Civil Veterinary Dept. North-West Frontier Province 1901-22 - 1901-1922
Year: 1901
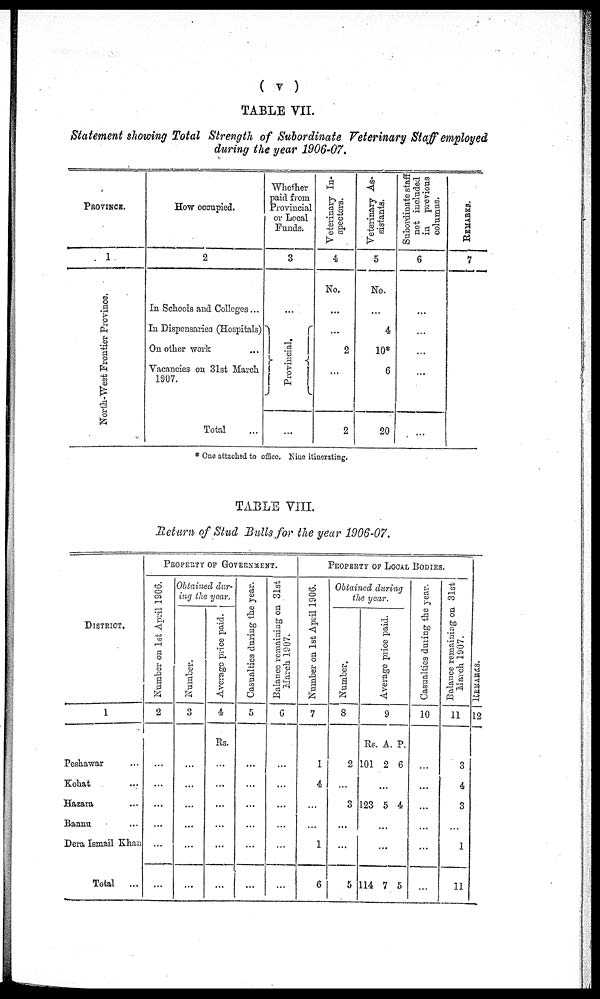
(v)
TABLE VII.
Statement showing Total Strength of Subordinate Veterinary Staff employed
during the year 1906-07.
PROVIECE.
1
North-West Frontier Province.
How occupied.
2
In Schools and Colleges...
In Dispensaries (Hospitals)
On other work ...
Vacancies on 31st March
1907.
Total ...
Whether
paid from
Provincial
or Local
Funds.
3
...
Provincial.
...
Veterinary In-
spectors.
4
No.
...
...
2
...
2
Veterinary As-
sistants.
5
No.
...
4
10*
6
20
Subordinate staff
not included
in previous
columns.
6
...
...
...
...
...
REMARKS.
7
* One attached to office Nine itinerating.
TABLE VIII.
Return of Stud Bulls for the year 1906-07.
DISTRICT.
1
Peshawar ...
Kohat ...
Hazara ...
Bannu ...
Dera Ismail Khan
Total
...
PROPERTY OF GOVERNMENT.
Number on 1st April 1906.
2
...
...
...
...
...
...
Obtained dur-
ing the year.
Number.
3
...
...
...
...
...
...
Average price paid.
4
Rs.
...
...
...
...
...
...
Casualties during the year.
5
...
...
...
...
...
Balance remaining on 31st
March 1907.
6
...
PROPERTY OF LOCAL BODIES.
Number on 1st April 1906.
7
1
4
...
...
1
6
Obtained dur-
ing the year.
Number.
8
2
3
...
...
5
Average price paid.
9
Rs.
101
.
123
...
...
114
A.
2
..
5
7
P.
6
4
5
Casualties during the year.
10
...
...
...
...
...
...
Balance remaining on 31st
March 1907.
11
3
4
3
...
1
11
REMARKS.
12